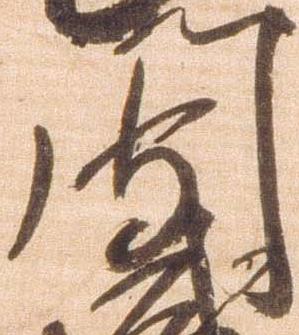
門